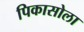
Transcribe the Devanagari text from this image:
पिकासोला